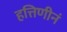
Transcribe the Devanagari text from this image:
हत्तिणीनं